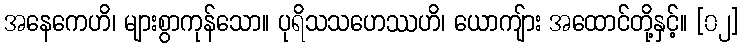
အနေကေဟိ၊ များစွာကုန်သော။ ပုရိသသဟေဿဟိ၊ ယောကျ်ား အထောင်တို့နှင့်။ [၀၂]